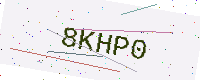
Text: 8KHP0